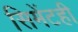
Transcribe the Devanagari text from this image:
सिमेंटही